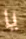
يا